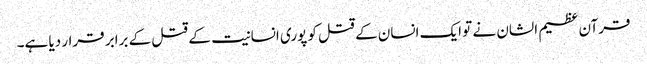
قرآن عظیم الشان نے تو ایک انسان کے قتل کو پوری انسانیت کے قتل کے برابر قرار دیا ہے۔